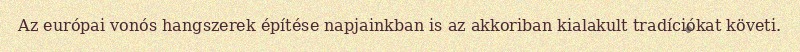
Az európai vonós hangszerek építése napjainkban is az akkoriban kialakult tradíciókat követi.